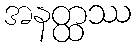
အနတ္ထဿ